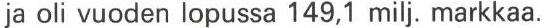
ja oli vuoden lopussa 149,1 milj. markkaa.